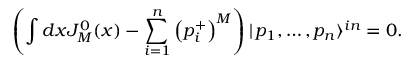
\left( \int d x J _ { M } ^ { 0 } ( x ) - \sum _ { i = 1 } ^ { n } \left( p _ { i } ^ { + } \right) ^ { M } \right) | \, p _ { 1 } , \dots , p _ { n } \rangle ^ { i n } = 0 .